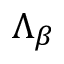
\Lambda _ { \beta }